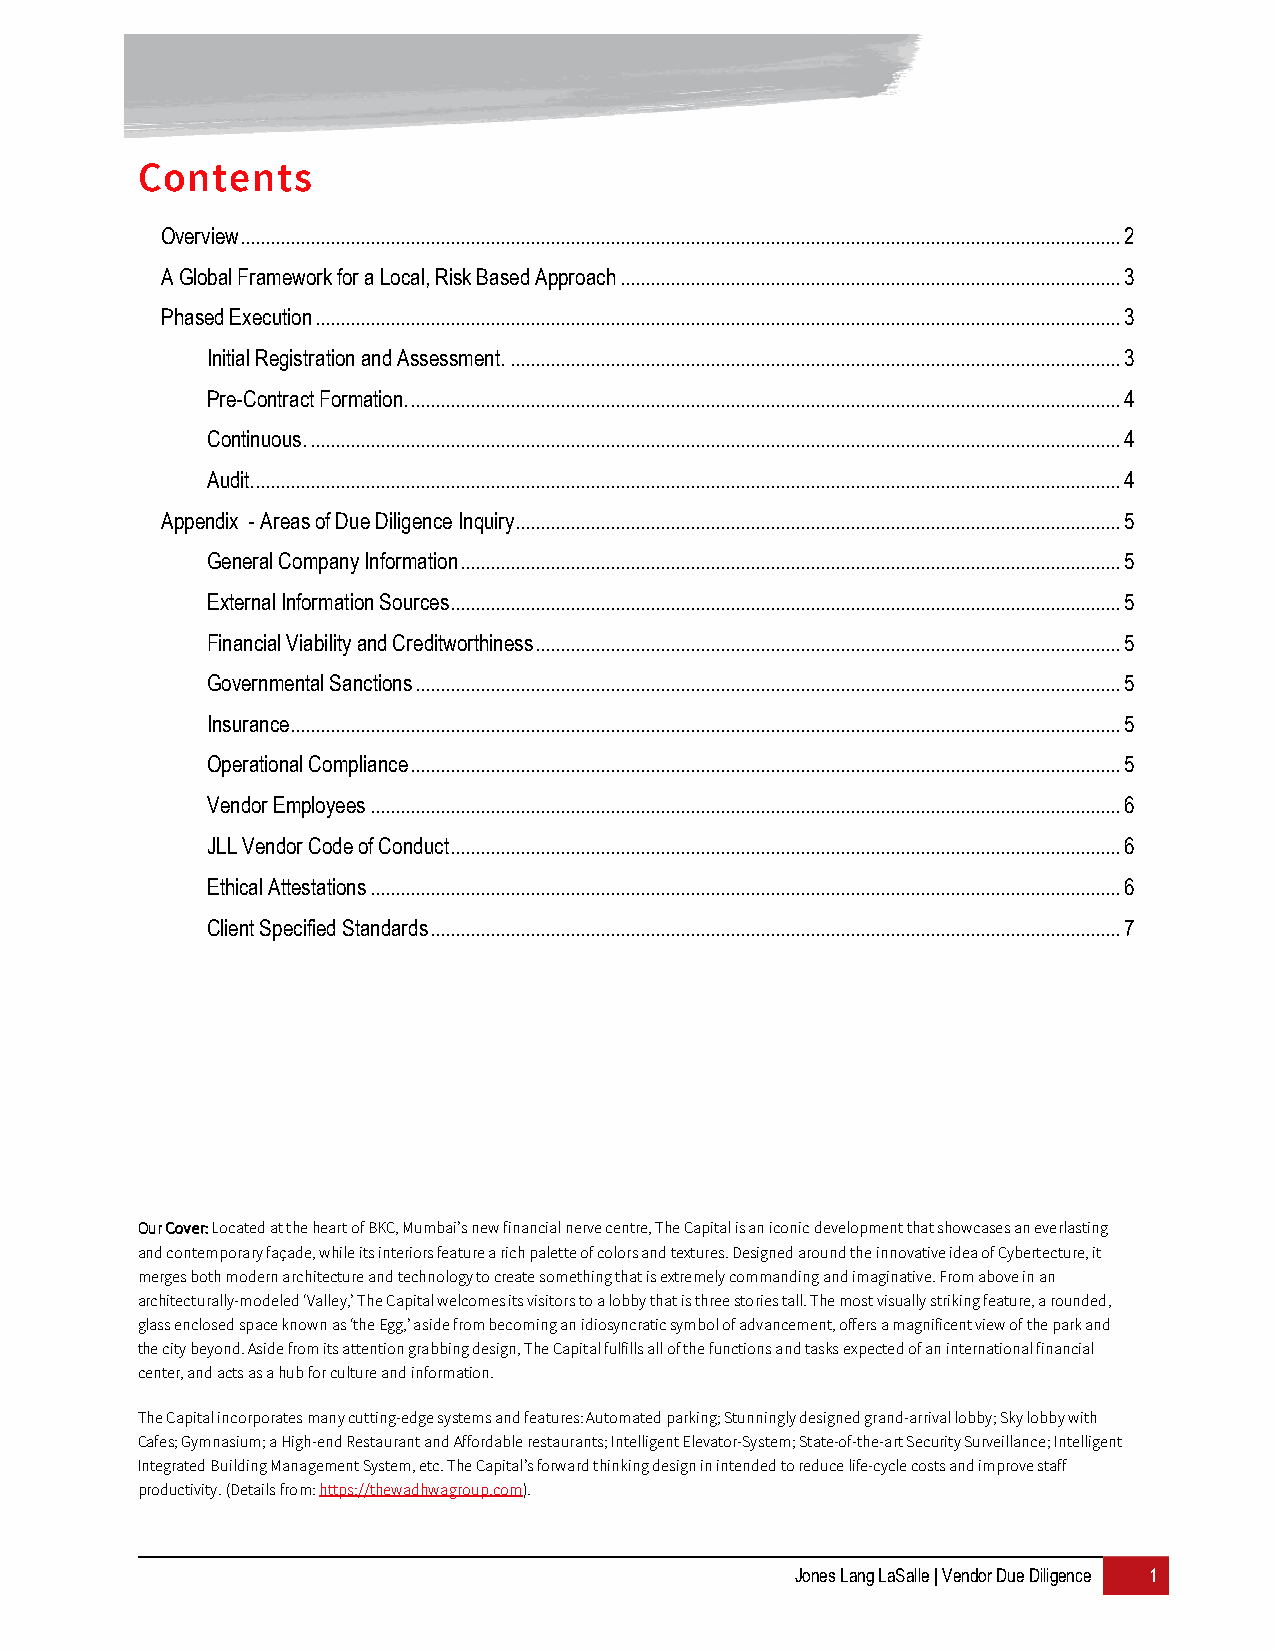
Contents
 Overview ................................................................................................................................................................................ 2
 A Global Framework for a Local, Risk Based Approach .................................................................................................... 3
 Phased Execution ................................................................................................................................................................. 3
 Initial Registration and Assessment. .......................................................................................................................... 3
 Pre-Contract Formation. .............................................................................................................................................. 4
 Continuous. .................................................................................................................................................................. 4
 Audit.............................................................................................................................................................................. 4
 Appendix - Areas of Due Diligence Inquiry......................................................................................................................... 5
 General Company Information .................................................................................................................................... 5
 External Information Sources ...................................................................................................................................... 5
 Financial Viability and Creditworthiness ..................................................................................................................... 5
 Governmental Sanctions ............................................................................................................................................. 5
 Insurance ...................................................................................................................................................................... 5
 Operational Compliance .............................................................................................................................................. 5
 Vendor Employees ...................................................................................................................................................... 6
 JLL Vendor Code of Conduct ...................................................................................................................................... 6
 Ethical Attestations ...................................................................................................................................................... 6
 Client Specified Standards .......................................................................................................................................... 7
 OOOOuuuurrrr CCCCoooovvvveeeerrrr:::: Located at the heart of BKC, Mumbai’s new financial nerve centre, The Capital is an iconic development that showcases an everlasting
 and contemporary façade, while its interiors feature a rich palette of colors and textures. Designed around the innovative idea of Cybertecture, it
 merges both modern architecture and technology to create something that is extremely commanding and imaginative. From above in an
 architecturally-modeled ‘Valley,’ The Capital welcomes its visitors to a lobby that is three stories tall. The most visually striking feature, a rounded,
 glass enclosed space known as ‘the Egg,’ aside from becoming an idiosyncratic symbol of advancement, offers a magnificent view of the park and
 the city beyond. Aside from its attention grabbing design, The Capital fulfills all of the functions and tasks expected of an international financial
 center, and acts as a hub for culture and information.
 The Capital incorporates many cutting-edge systems and features: Automated parking; Stunningly designed grand-arrival lobby; Sky lobby with
 Cafes; Gymnasium; a High-end Restaurant and Affordable restaurants; Intelligent Elevator-System; State-of-the-art Security Surveillance; Intelligent
 Integrated Building Management System, etc. The Capital’s forward thinking design in intended to reduce life-cycle costs and improve staff
 productivity. (Details from: https://thewadhwagroup.com).
 Jones Lang LaSalle | Vendor Due Diligence 1